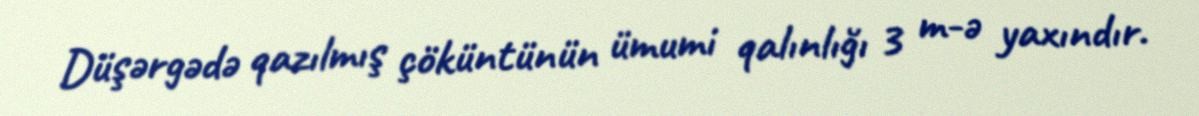
Düşərgədə qazılmış çöküntünün ümumi qalınlığı 3 m-ə yaxındır.